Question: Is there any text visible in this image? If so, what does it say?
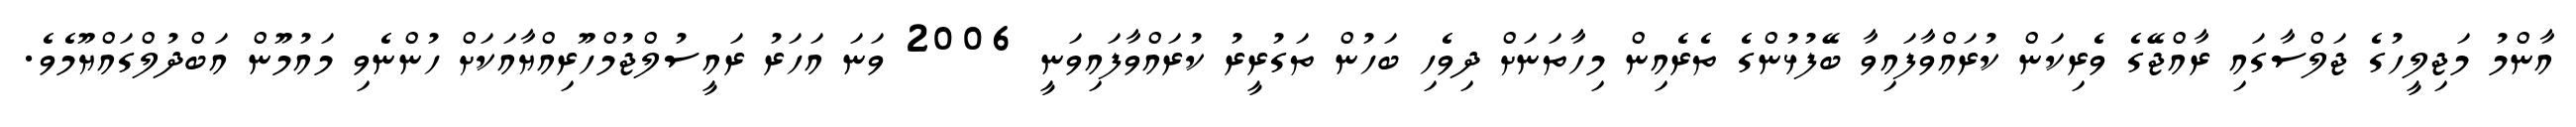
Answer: އާންމު މަޖިލީހުގެ ޖަލްސާގައި ރާއްޖޭގެ ވެރިކަން ކުރައްވާފައިވާ ބޭފުޅުންގެ ތެރެއިން މިހާތަނަށް ދިވެހި ބަހުން ތަގުރީރު ކުރައްވާފައިވަނީ 2006 ވަނަ އަހަރު ރައީސުލްޖުމްހޫރިއްޔާއަކަށް ހުންނެވި މައުމޫން އަބްދުލްގައްޔޫމެވެ.